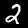
Digit: 2